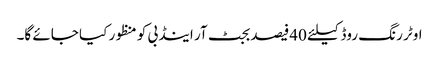
اوٹر رنگ روڈ کیلئے 40فیصد بجٹ آر اینڈ بی کو منظور کیا جائے گا۔